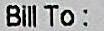
BILL TO: